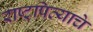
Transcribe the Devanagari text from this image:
राष्ट्रपित्याचे